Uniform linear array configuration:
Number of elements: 4
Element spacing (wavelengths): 0.25
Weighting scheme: uniform
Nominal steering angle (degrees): -15
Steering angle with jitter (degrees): -13.733
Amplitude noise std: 0.05
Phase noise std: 0.05

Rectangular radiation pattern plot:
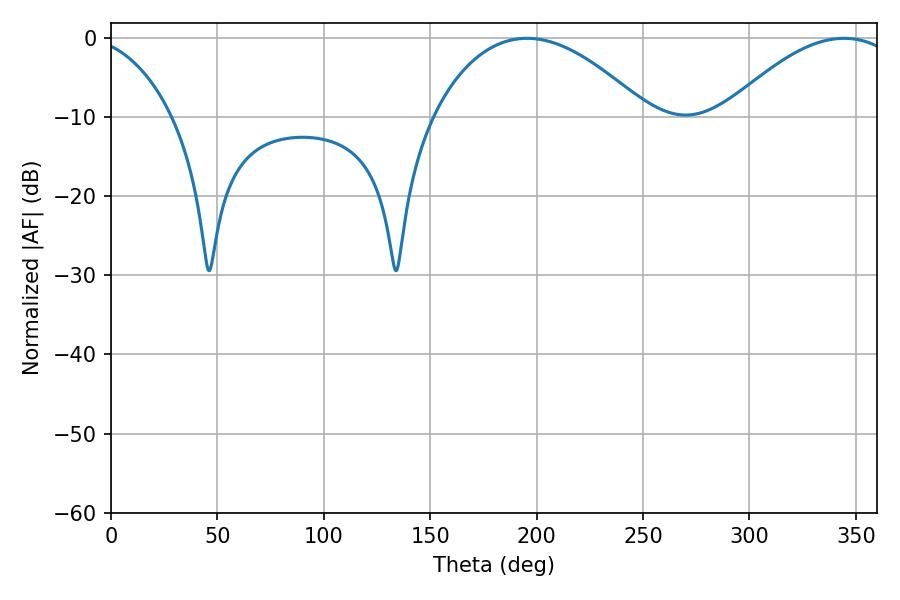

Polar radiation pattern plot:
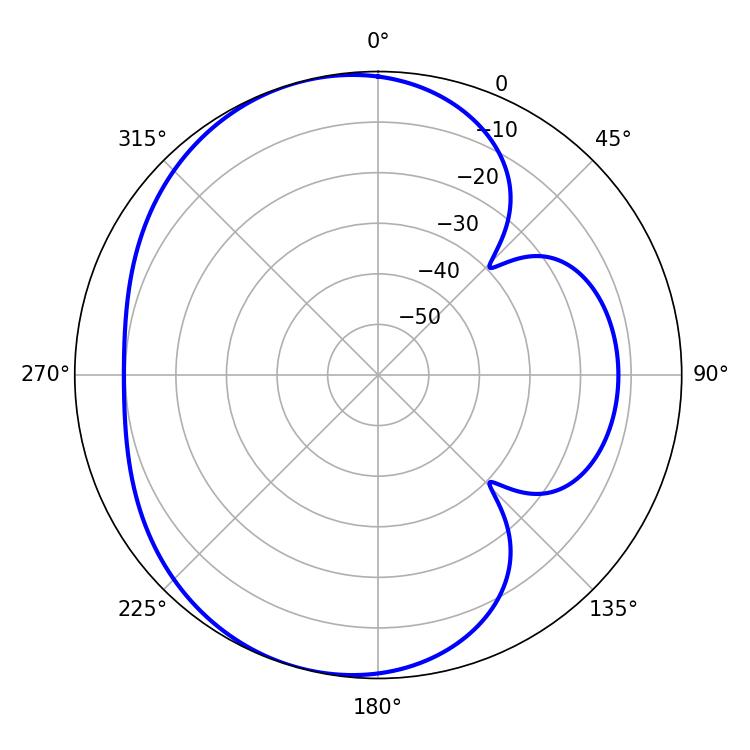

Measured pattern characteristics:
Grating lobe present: FALSE
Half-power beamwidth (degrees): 45.72
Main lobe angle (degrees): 344.52